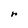
Character: r